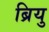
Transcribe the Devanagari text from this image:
ब्रियु